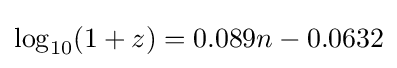
\log _{10}(1+z)=0.089n-0.0632